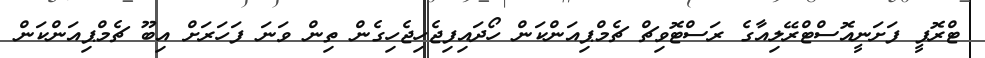
ޓްރޮފީ ފަށަނީއޮސްޓްރޭލިއާގެ ރަސްޓޮވިޗް ޗެމްޕިއަންކަން ހޯދައިފިޖެހިޖެހިގެން ތިން ވަނަ ފަހަރަށް އިބޫ ޗެމްޕިއަންކަން